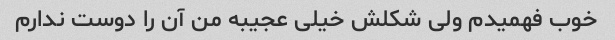
خوب فهمیدم ولی شکلش خیلی عجیبه من آن را دوست ندارم